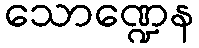
သောဏ္ဍေန